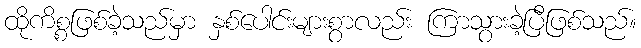
ထိုကိစ္စဖြစ်ခဲ့သည်မှာ နှစ်ပေါင်းများစွာလည်း ကြာသွားခဲ့ပြီဖြစ်သည်။